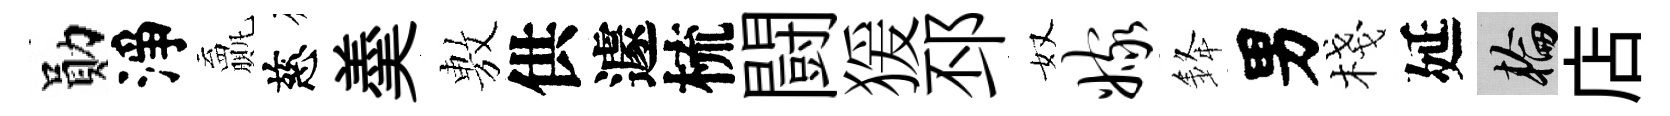
勛淨贏慈羮𢾾供遽梳闘猨邳奴嫁𨦟男棧延輪店